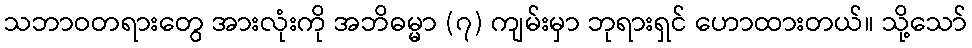
သဘာဝတရားတွေ အားလုံးကို အဘိဓမ္မာ (၇) ကျမ်းမှာ ဘုရားရှင် ဟောထားတယ်။ သို့သော်